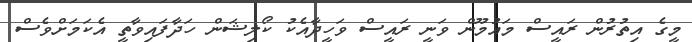
މީގެ އިތުރުން ރައީސް މައުމޫން ވަނީ ރައީސް ވަހީދާއެކު ކޯލިޝަން ހަދާފައިވާތީ އެކަމަށްވެސް